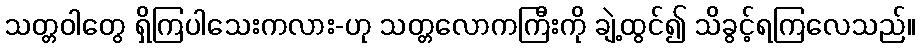
သတ္တဝါတွေ ရှိကြပါသေးကလား-ဟု သတ္တလောကကြီးကို ချဲ့ထွင်၍ သိခွင့်ရကြလေသည်။